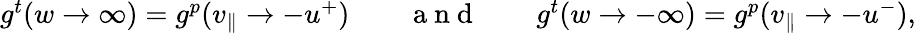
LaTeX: \begin{array}{rlrlr}{g^{t}(w\rightarrow\infty)=g^{p}(v_{\parallel}\rightarrow-u^{+})}&{{}}&{\mathrm{~a~n~d~}}&{{}}&{g^{t}(w\rightarrow-\infty)=g^{p}(v_{\parallel}\rightarrow-u^{-}),}\end{array}